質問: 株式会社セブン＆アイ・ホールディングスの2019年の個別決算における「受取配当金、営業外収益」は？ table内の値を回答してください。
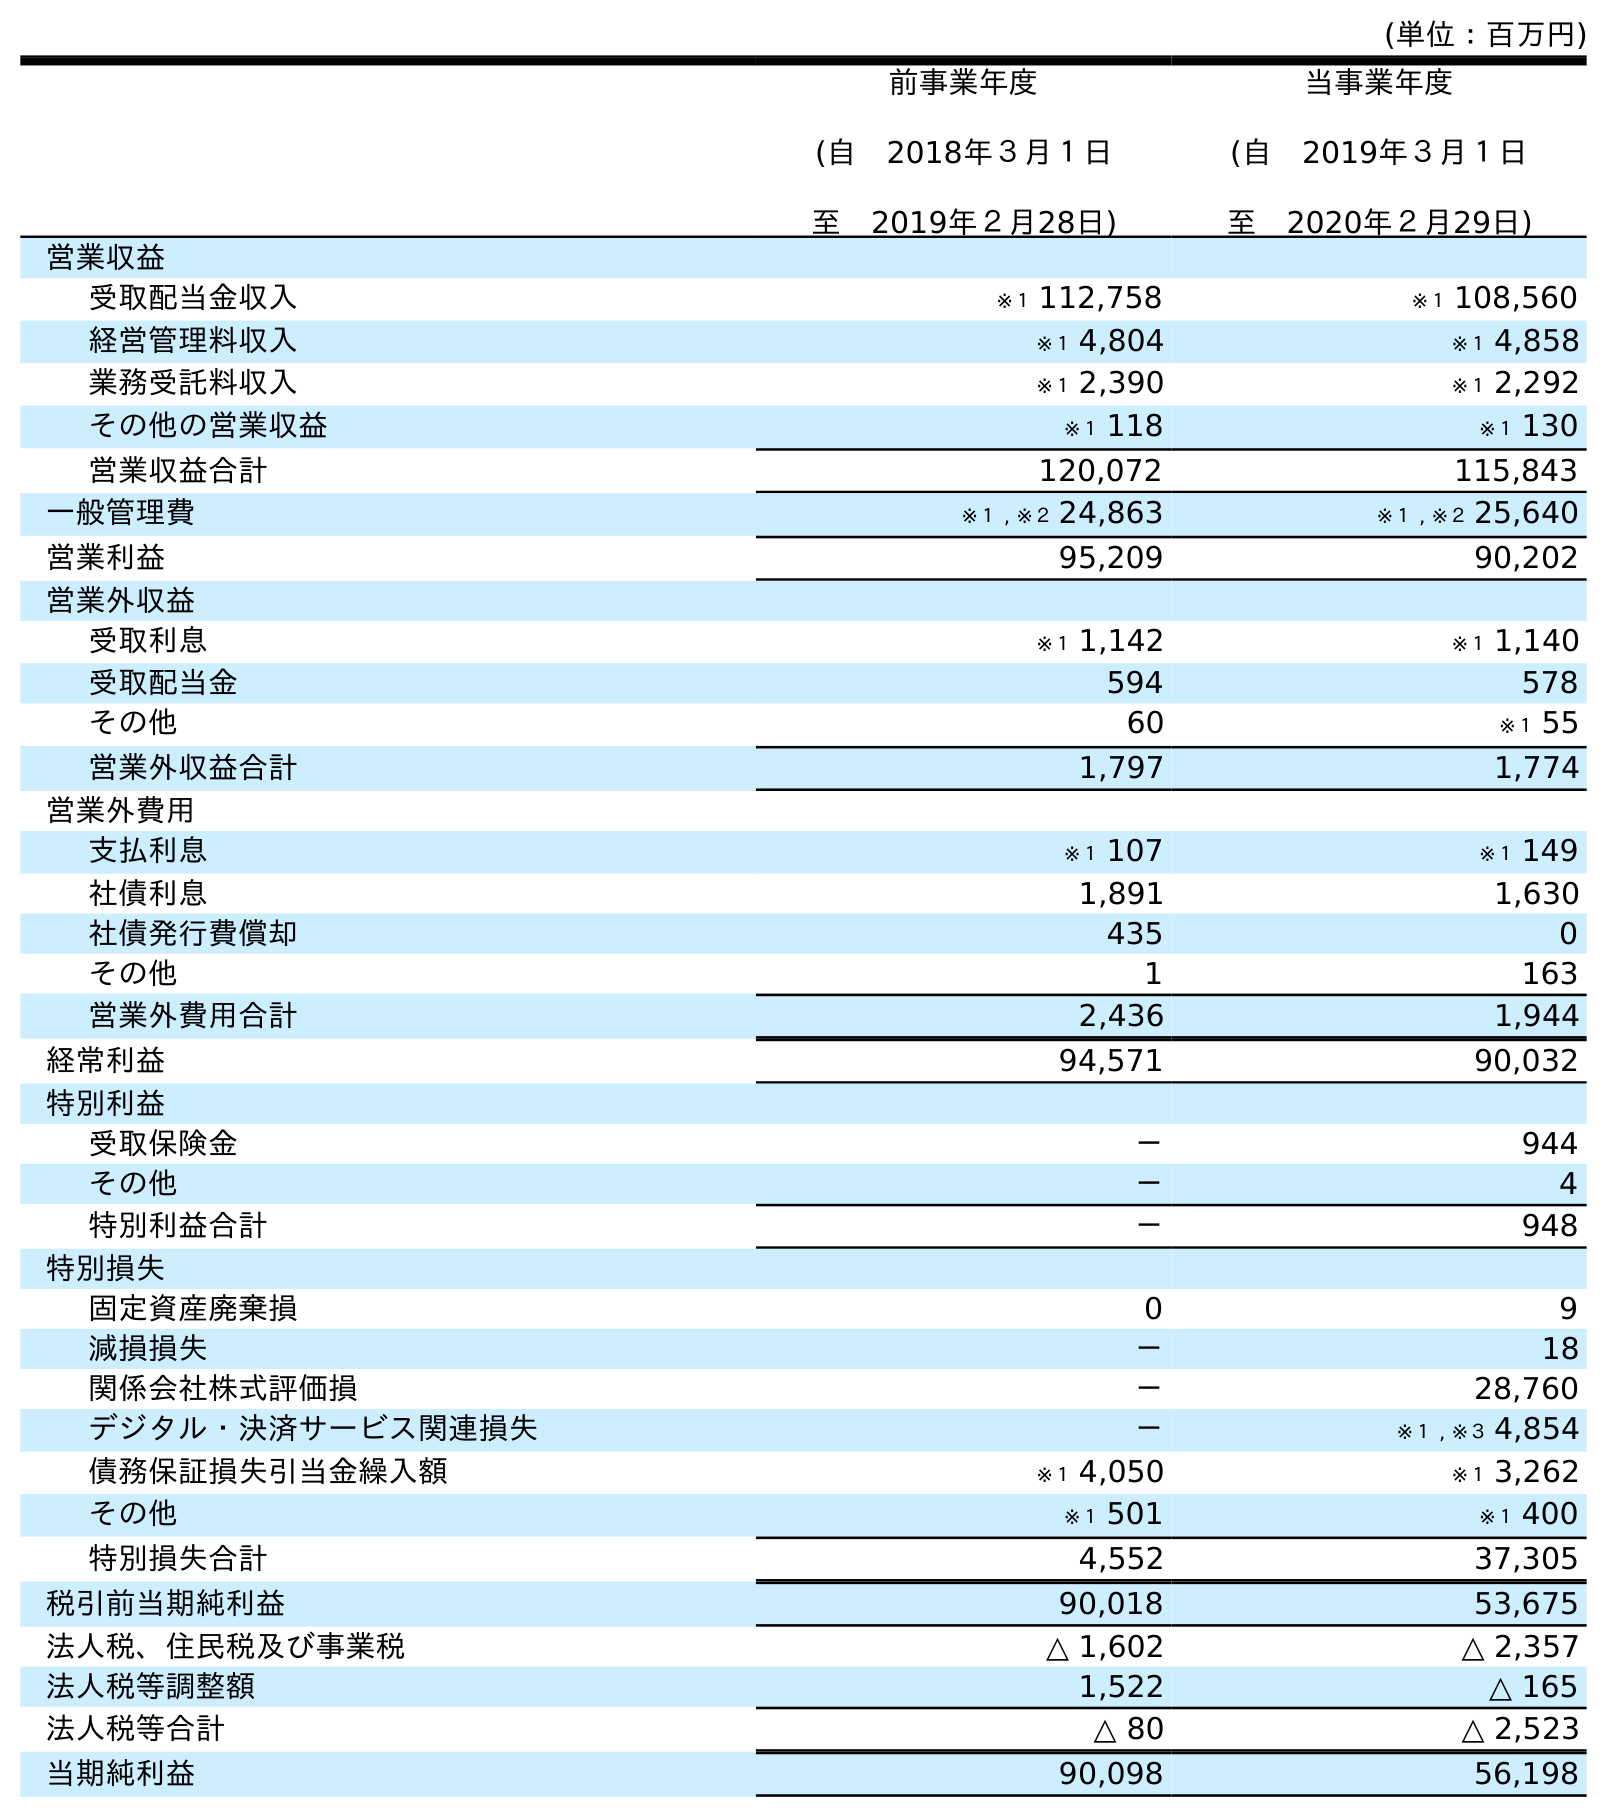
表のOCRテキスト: (単位：百万円) 前事業年度 (自 2018年３月１日 至 2019年２月28日) 当事業年度 (自 2019年３月１日 至 2020年２月29日) 営業収益 受取配当金収入 ※１ 112,758 ※１ 108,560 経営管理料収入 ※１ 4,804 ※１ 4,858 業務受託料収入 ※１ 2,390 ※１ 2,292 その他の営業収益 ※１ 118 ※１ 130 営業収益合計 120,072 115,843 一般管理費 ※１ , ※２ 24,863 ※１ , ※２ 25,640 営業利益 95,209 90,202 営業外収益 受取利息 ※１ 1,142 ※１ 1,140 受取配当金 594 578 その他 60 ※１ 55 営業外収益合計 1,797 1,774 営業外費用 支払利息 ※１ 107 ※１ 149 社債利息 1,891 1,630 社債発行費償却 435 0 その他 1 163 営業外費用合計 2,436 1,944 経常利益 94,571 90,032 特別利益 受取保険金 － 944 その他 － 4 特別利益合計 － 948 特別損失 固定資産廃棄損 0 9 減損損失 － 18 関係会社株式評価損 － 28,760 デジタル・決済サービス関連損失 － ※１ , ※３ 4,854 債務保証損失引当金繰入額 ※１ 4,050 ※１ 3,262 その他 ※１ 501 ※１ 400 特別損失合計 4,552 37,305 税引前当期純利益 90,018 53,675 法人税、住民税及び事業税 △ 1,602 △ 2,357 法人税等調整額 1,522 △ 165 法人税等合計 △ 80 △ 2,523 当期純利益 90,098 56,198
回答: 594